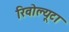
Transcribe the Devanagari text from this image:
रिवोल्यूटा